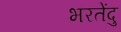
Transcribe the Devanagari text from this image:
भरतेंदु